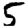
Digit: 5